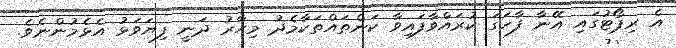
އެ ރިޕޯޓުގައި އޭނާ ފާހަގަ ކުރައްވާފައިވާ ކަންތައްތަކާމެދު މިހާރު ދަނީ ފިޔަވަޅު އެޅެމުންނެވެ.